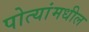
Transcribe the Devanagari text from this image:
पोत्यांमधील